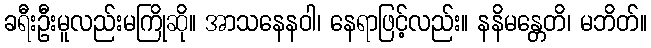
ခရီးဦးမူလည်းမကြိုဆို။ အာသနေနဝါ၊ နေရာဖြင့်လည်း။ နနိမန္တေတိ၊ မဘိတ်။